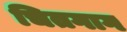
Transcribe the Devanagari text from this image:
चितगाग